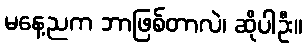
မနေ့ညက ဘာဖြစ်တာလဲ၊ ဆိုပါဦး။